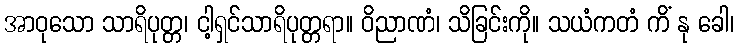
အာဝုသော သာရိပုတ္တ၊ ငါ့ရှင်သာရိပုတ္တရာ။ ဝိညာဏံ၊ သိခြင်းကို။ သယံကတံ ကိံ နု ခေါ၊